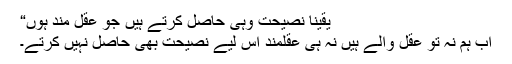
یقیناً نصیحت وہی حاصل کرتے ہیں جو عقل مند ہوں“
اب ہم نہ تو عقل والے ہیں نہ ہی عقلمند اس لیے نصیحت بھی حاصل نہیں کرتے۔